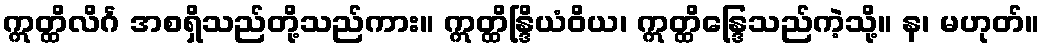
ဣတ္ထိလိင်္ဂ အစရှိသည်တို့သည်ကား။ ဣတ္ထိန္ဒြိယံဝိယ၊ ဣတ္ထိန္ဒြေသည်ကဲ့သို့။ န၊ မဟုတ်။